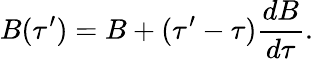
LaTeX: B(\tau^{\prime})=B+(\tau^{\prime}-\tau)\frac{dB}{d\tau}.